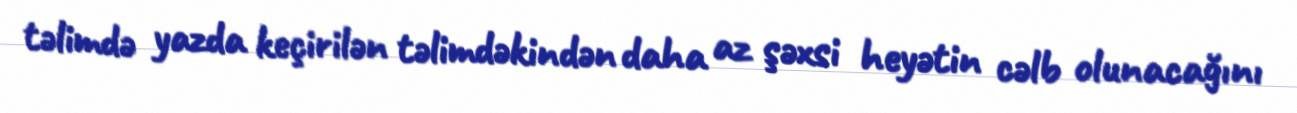
təlimdə yazda keçirilən təlimdəkindən daha az şəxsi heyətin cəlb olunacağını